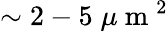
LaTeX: \sim 2-5\; \mu\mathrm{~m~}^{2}